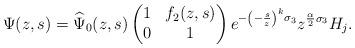
LaTeX: \begin{align*}\Psi(z,s)=\widehat\Psi_0(z,s)\begin{pmatrix}1&f_2(z,s)\\0&1\end{pmatrix}e^{-\left(-\frac{s}{z}\right)^k\sigma_3}z^{\frac{\alpha}{2}\sigma_3} H_j.\end{align*}